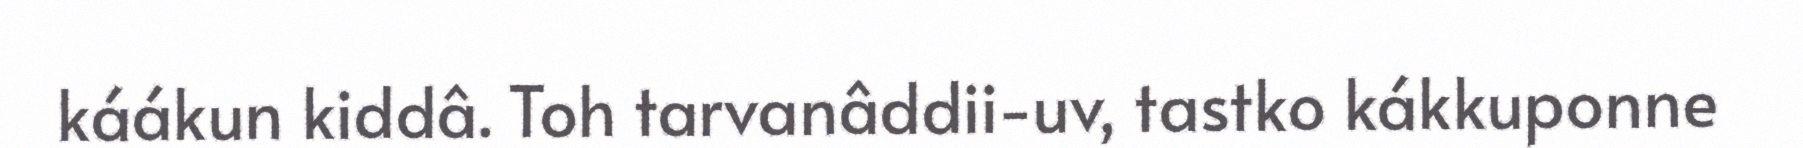
káákun kiddâ. Toh tarvanâddii-uv, tastko kákkuponne